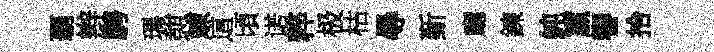
覇辫騁瑪憇竦這頃诺粹极枯尋斳廳鍊純籯響拾